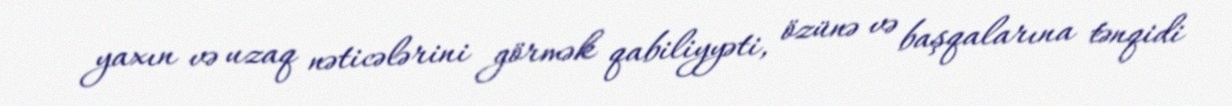
yaxın və uzaq nəticələrini görmək qabiliyyəti, özünə və başqalarına tənqidi